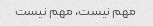
مهم نیست، مهم نیست